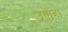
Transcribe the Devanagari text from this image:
उगाहा